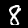
Label: 8